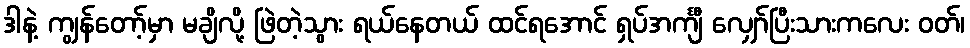
ဒါနဲ့ ကျွန်တော့်မှာ မချိလို့ ဖြဲတဲ့သွား ရယ်နေတယ် ထင်ရအောင် ရှပ်အင်္ကျီ လျှော်ပြီးသားကလေး ဝတ်၊